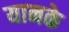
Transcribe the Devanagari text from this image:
यानके